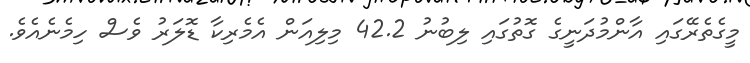
މީގެތެރޭގައި އާންމުދަނީގެ ގޮތުގައި ލިބުނު 42.2 މިލިއަން އެމެރިކާ ޑޮލަރު ވެސް ހިމެނެއެވެ.